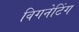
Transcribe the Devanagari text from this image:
विगनेटिंग